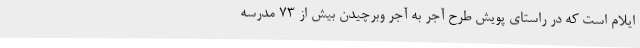
ایلام است که در راستای پویش طرح آجر به آجر وبرچیدن بیش از 73 مدرسه